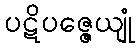
ပဋိပဇ္ဇေယျုံ